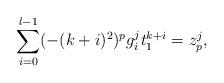
\begin{align*}\sum_{i=0}^{l-1}(-(k+i)^2)^pg_i^j t_1^{k+i} =z_p^j,\end{align*}